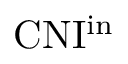
\mathrm { C N I ^ { \mathrm { i n } } }